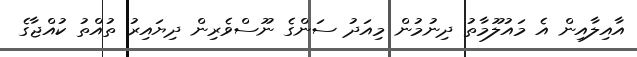
އާއިލާއިން އެ މައުލޫމާތު ދިނުމުން މިއަދު ސަންގެ ނޫސްވެރިން ދިޔައިރު ތުއްތު ކުއްޖާގެ